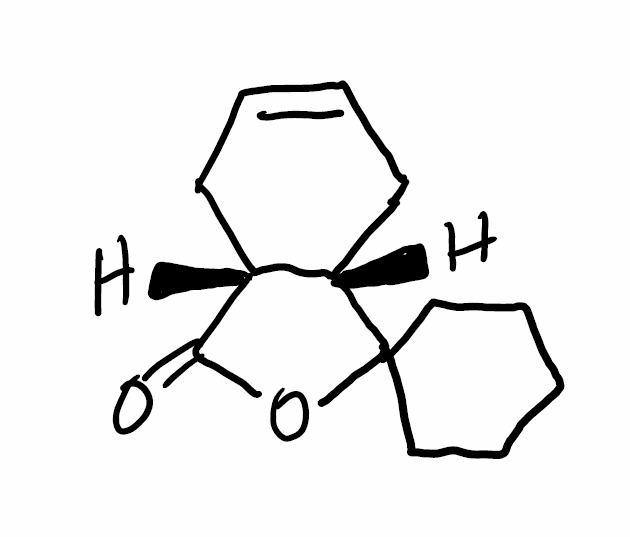
Simplified molecular-input line-entry system (SMILES) notation of the given molecule:
C1CCC2(CC1)[C@H]3CC=CC[C@H]3C(=O)O2